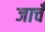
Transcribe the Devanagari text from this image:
जाचँ